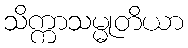
သိက္ကာသမ္မုတိယာ